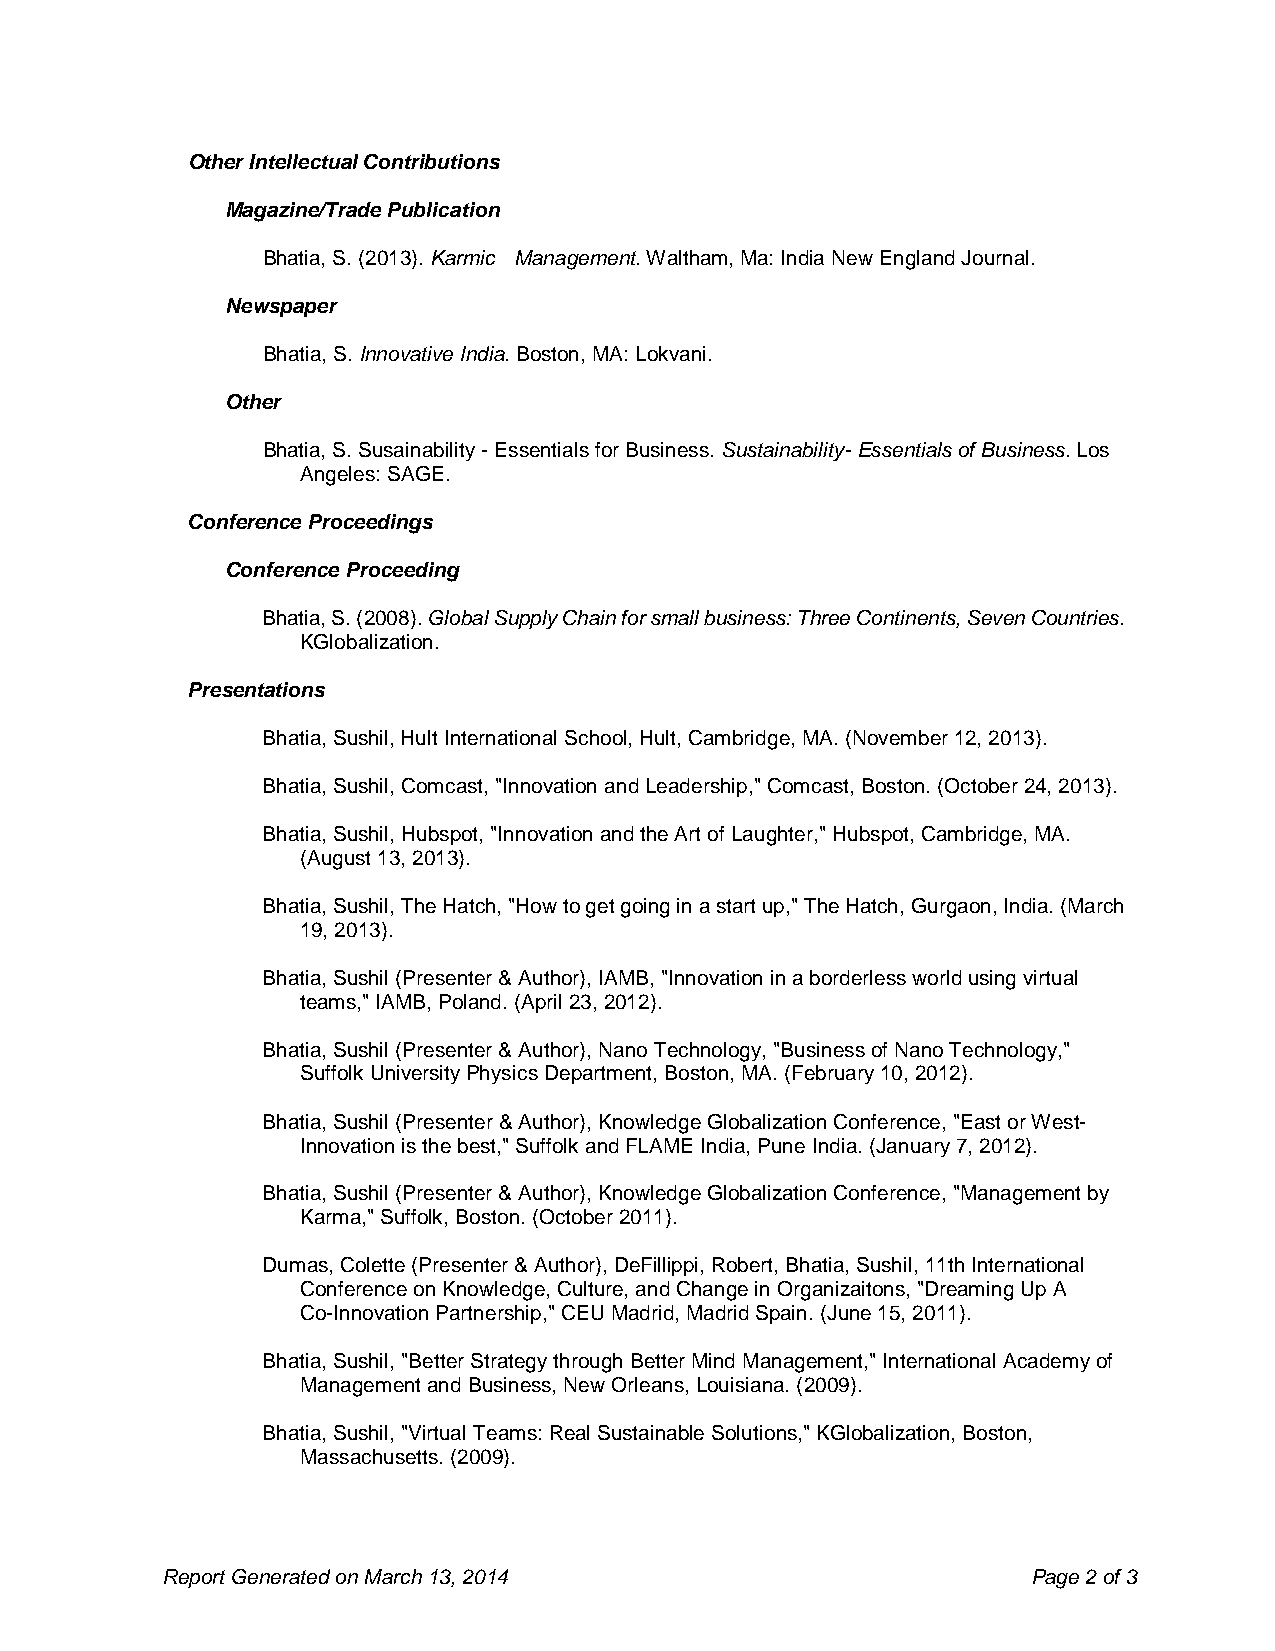
Other Intellectual Contributions
 Magazine/Trade Publication
 Bhatia, S. (2013). Karmic Management. Waltham, Ma: India New England Journal.
 Newspaper
 Bhatia, S. Innovative India. Boston, MA: Lokvani.
 Other
 Bhatia, S. Susainability - Essentials for Business. Sustainability- Essentials of Business. Los
 Angeles: SAGE.
 Conference Proceedings
 Conference Proceeding
 Bhatia, S. (2008). Global Supply Chain for small business: Three Continents, Seven Countries.
 KGlobalization.
 Presentations
 Bhatia, Sushil, Hult International School, Hult, Cambridge, MA. (November 12, 2013).
 Bhatia, Sushil, Comcast, "Innovation and Leadership," Comcast, Boston. (October 24, 2013).
 Bhatia, Sushil, Hubspot, "Innovation and the Art of Laughter," Hubspot, Cambridge, MA.
 (August 13, 2013).
 Bhatia, Sushil, The Hatch, "How to get going in a start up," The Hatch, Gurgaon, India. (March
 19, 2013).
 Bhatia, Sushil (Presenter & Author), IAMB, "Innovation in a borderless world using virtual
 teams," IAMB, Poland. (April 23, 2012).
 Bhatia, Sushil (Presenter & Author), Nano Technology, "Business of Nano Technology,"
 Suffolk University Physics Department, Boston, MA. (February 10, 2012).
 Bhatia, Sushil (Presenter & Author), Knowledge Globalization Conference, "East or West-
 Innovation is the best," Suffolk and FLAME India, Pune India. (January 7, 2012).
 Bhatia, Sushil (Presenter & Author), Knowledge Globalization Conference, "Management by
 Karma," Suffolk, Boston. (October 2011).
 Dumas, Colette (Presenter & Author), DeFillippi, Robert, Bhatia, Sushil, 11th International
 Conference on Knowledge, Culture, and Change in Organizaitons, "Dreaming Up A
 Co-Innovation Partnership," CEU Madrid, Madrid Spain. (June 15, 2011).
 Bhatia, Sushil, "Better Strategy through Better Mind Management," International Academy of
 Management and Business, New Orleans, Louisiana. (2009).
 Bhatia, Sushil, "Virtual Teams: Real Sustainable Solutions," KGlobalization, Boston,
 Massachusetts. (2009).
 Report Generated on March 13, 2014                       Page 2 of 3